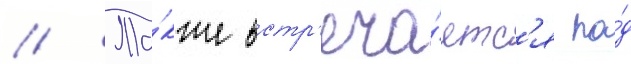
// Та́кже встр'еча́етс'я по́д